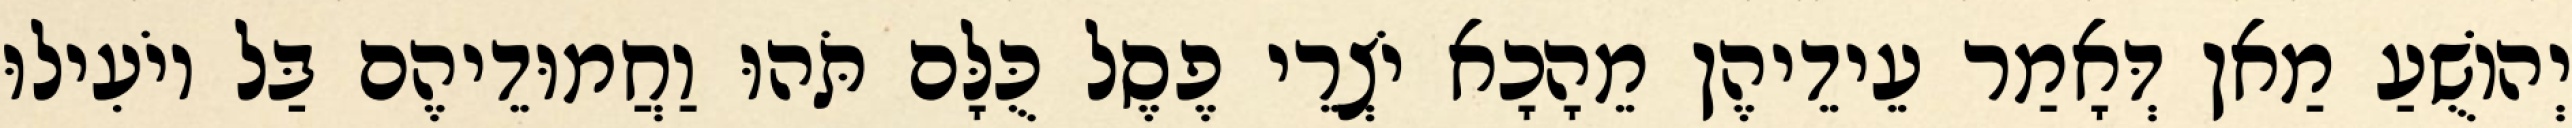
יְהוֹשֻׁעַ מַאן דְּאָמַר עֵידֵיהֶן מֵהָכָא יֹצְרֵי פֶסֶל כֻּלָּם תֹּהוּ וַחֲמוּדֵיהֶם בַּל יוֹעִילוּ